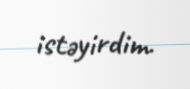
istəyirdim.